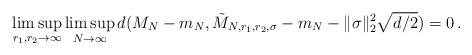
\begin{align*} \limsup_{r_1, r_2 \to\infty} \limsup_{N\to \infty} d(M_{N} - m_N, \tilde{M}_{N, r_1, r_2, \sigma} - m_N - \|\sigma\|_2^2\sqrt{d/2} )= 0 \,.\end{align*}